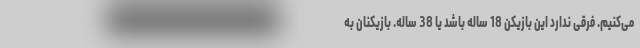
می‌کنیم. فرقی ندارد این بازیکن 18 ساله باشد یا 38 ساله. بازیکنان به